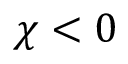
\chi < 0